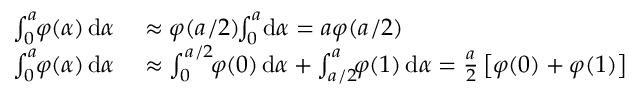
\begin{array} { r l } { \int _ { 0 } ^ { a _ { } } \! \! \boldsymbol { \varphi } ( \alpha { } ) \, \mathrm { d } \alpha { } } & { { } \approx \boldsymbol { \varphi } ( a _ { } / 2 ) \! \! \int _ { 0 } ^ { a _ { } } \! \mathrm { d } \alpha { } = a _ { } \boldsymbol { \varphi } ( a _ { } / 2 ) } \\ { \int _ { 0 } ^ { a _ { } } \! \! \boldsymbol { \varphi } ( \alpha { } ) \, \mathrm { d } \alpha { } } & { { } \approx \int _ { 0 } ^ { a _ { } / 2 } \! \! \boldsymbol { \varphi } ( 0 ) \, \mathrm { d } \alpha { } + \int _ { a _ { } / 2 } ^ { a _ { } } \! \! \boldsymbol { \varphi } ( 1 ) \, \mathrm { d } \alpha { } = \frac { a _ { } } { 2 } \left[ \boldsymbol { \varphi } ( 0 ) + \boldsymbol { \varphi } ( 1 ) \right] } \end{array}